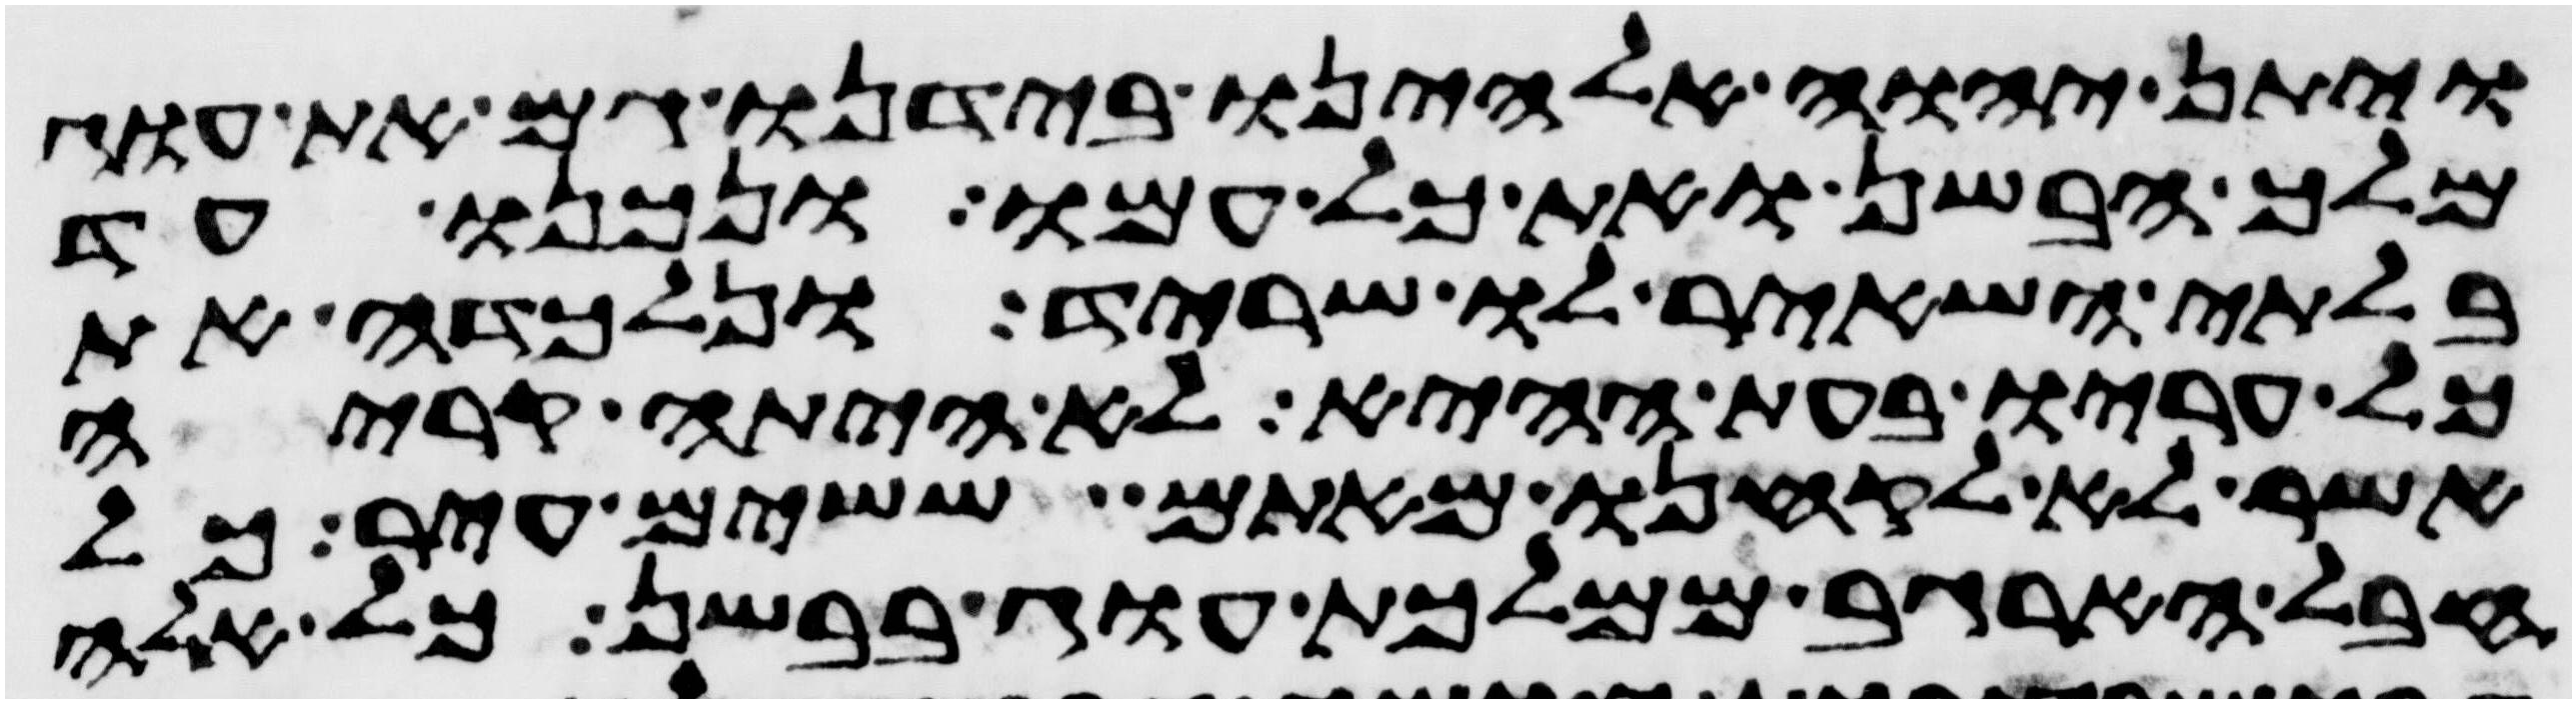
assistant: ויתן יהוה אלהינו בידנו גם את עוג
מלך הבשן ואת כל עמו ונכנו עד
בלתי השאיר לו שריד ונלכדה את
כל עריו בעת ההיא לא היתה קריה
אשר לא לקחנו מאתם ששים עיר כל
חבל הארגב ממלכות עוג בבשן כל אלה